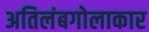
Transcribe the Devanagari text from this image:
अतिलंबगोलाकार